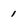
Character: 1